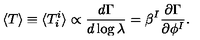
\langle T \rangle \equiv \langle T _ { i } ^ { i } \rangle \propto { \frac { d \Gamma } { d \log \lambda } } = \beta ^ { I } { \frac { \partial \Gamma } { \partial \phi ^ { I } } } .